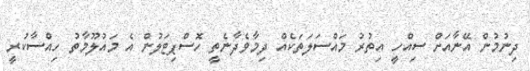
ދިނުމުން އޭނާއަށް ސިއްހީ އިތުރު މައްސަލަތަކެއް ދިމާވެދާނެތީ ހޮސްޕިޓަލުން އެ މައުލޫމާތު ހިއްސާކުރީ